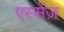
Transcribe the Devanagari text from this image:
एस्सेज़